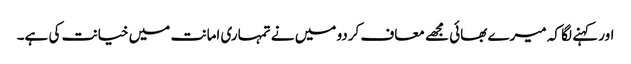
اور کہنے لگا کہ میرے بھائی مجھے معاف کردو میں نے تمہاری امانت میں خیانت کی ہے۔